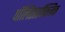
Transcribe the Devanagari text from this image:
पॉलिसाईक्लिक